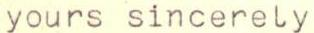
yours sincerely